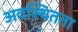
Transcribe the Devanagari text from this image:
अवस्थितता